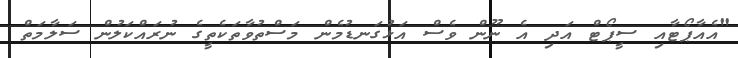
"އެއާޕޯޓާއި ސީޕޯޓް އަދި އެ ނޫން ވެސް އަޅުގަނޑުމެން މަސްތުވާތަކެތީގެ ނުރައްކަލުން ސަލާމަތް